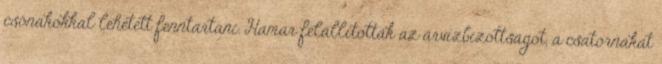
csónakokkal lehetett fenntartani. Hamar felállították az árvízbizottságot, a csatornákat